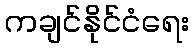
ကချင်နိုင်ငံရေး